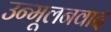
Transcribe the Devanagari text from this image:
उन्मूलनवाद